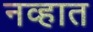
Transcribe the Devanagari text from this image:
नव्हात